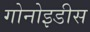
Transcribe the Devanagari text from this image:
गोनोइडीस